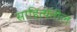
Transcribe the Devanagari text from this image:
साहित्यतील